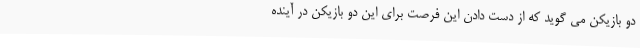
دو بازیکن می گوید که از دست دادن این فرصت برای این دو بازیکن در آینده